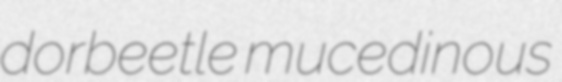
dorbeetle mucedinous